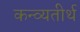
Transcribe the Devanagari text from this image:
कन्व्यतीर्थ